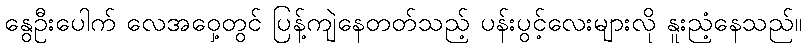
နွေဦးပေါက် လေအဝှေ့တွင် ပြန့်ကျဲနေတတ်သည့် ပန်းပွင့်လေးများလို နူးညံ့နေသည်။